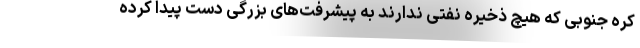
کره جنوبی که هیچ ذخیره نفتی ندارند به پیشرفت‌های بزرگی دست پیدا کرده